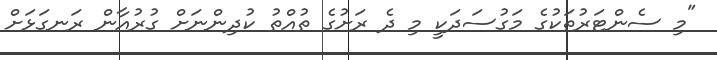
"މި ސެންޓަރުތަކުގެ މަގުސަދަކީ މި ދެ ރަށުގެ ތުއްތު ކުދިންނަށް ގުރުއާން ރަނގަޅަށް